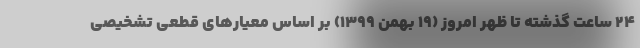
۲۴ ساعت گذشته تا ظهر امروز (۱۹ بهمن ۱۳۹۹) بر اساس معیارهای قطعی تشخیصی